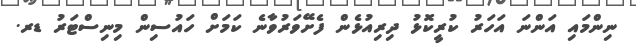
ނިންމައި އަންނަ އަހަރު ކުރީކޮޅު ދިރިއުޅެން ފެށޭވަރުވާނެ ކަމަށް ހައުސިން މިނިސްޓަރު ޑރ.